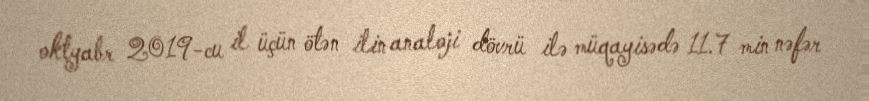
oktyabr 2019-cu il üçün ötən ilin analoji dövrü ilə müqayisədə 11.7 min nəfər